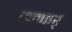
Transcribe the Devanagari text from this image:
कन्कर्